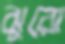
ঝুরো